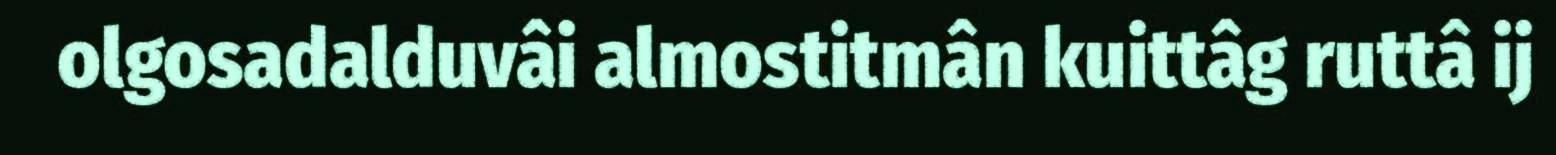
olgosadalduvâi almostitmân kuittâg ruttâ ij